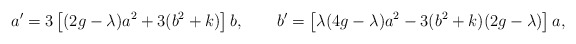
\begin{align*} a' = 3 \left[(2g - \lambda) a^2 + 3 (b^2 + k)\right] b, \qquad b' = \left[\lambda(4g - \lambda) a^2 - 3 (b^2 + k)(2g - \lambda) \right] a,\end{align*}